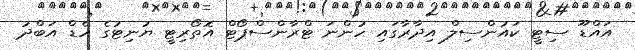
އައްޑޫ ސިޓީ ކައުންސިލް އިދާރާގައި ހުންނަ ޓްރާންސްޕޯޓް އޮތޯރިޓީ ޔުނިޓުގެ ހެޑް އަބްދު